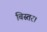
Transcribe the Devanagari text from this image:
बिस्तर।